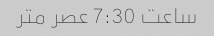
ساعت 7:30 عصر متر